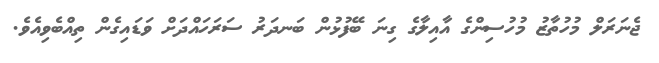
ޖެނަރަލް މުހުތާޒު މުހުސިންގެ އާއިލާގެ ގިނަ ބޭފުޅުން ބަނދަރު ސަރަހައްދަށް ވަޑައިގެން ތިއްބެވިއެވެ.